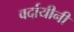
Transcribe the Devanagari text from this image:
वर्दायीनी